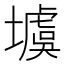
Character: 𡑾